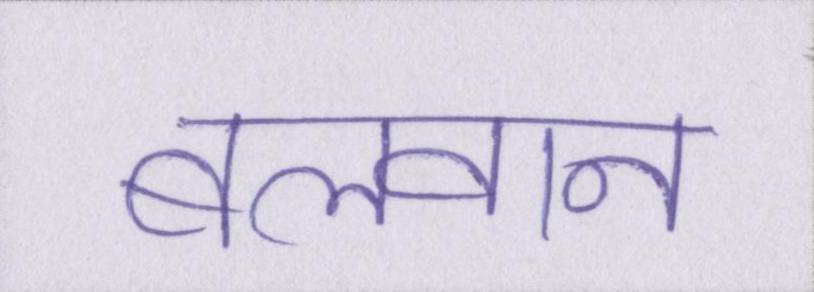
बलवान